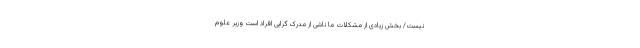
نیست/ بخش زیادی از مشکلات ما ناشی از مدرک گرایی افراد است وزیر علوم